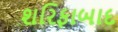
શરિફાબાદ